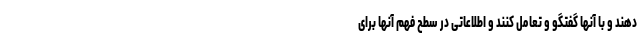
دهند و با آنها گفتگو و تعامل کنند و اطلاعاتی در سطح فهم آنها برای